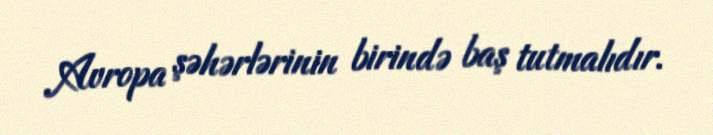
Avropa şəhərlərinin birində baş tutmalıdır.